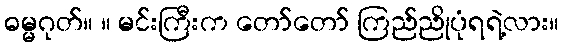
ဓမ္မဂုတ်။ ။ မင်းကြီးက တော်တော် ကြည်ညိုပုံရရဲ့လား။